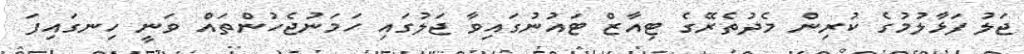
ޖަލު ފަޅާލުމުގެ ކުރިން މެދުތެރޭގެ ޓިއާޒް ޓައުނުގައިވާ ޖަލުގައި ހަމަނުޖެހުންތައް ވަނީ ހިނގައިފަ